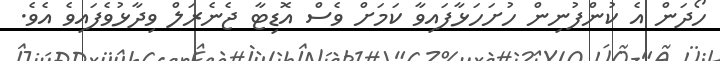
ހޯދަން އެ ކުންފުނިން ހުށަހަޅާފައިވާ ކަމަށް ވެސް އޮޑިޓާ ޖެނެރަލް ވިދާޅުވެފައިވެ އެވެ.